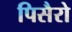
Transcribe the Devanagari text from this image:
पिसैरो